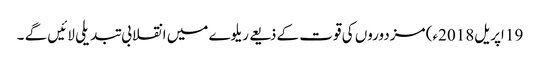
19 اپریل2018ء) مزدوروں کی قوت کے ذیعے ریلوے میں انقلابی تبدیلی لائیں گے ۔